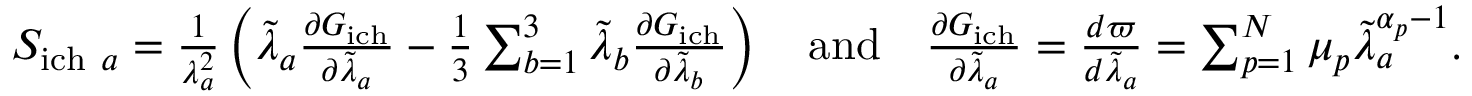
\begin{array} { r } { \quad S _ { \mathrm { i c h } ~ a } = \frac { 1 } { \lambda _ { a } ^ { 2 } } \left( \tilde { \lambda } _ { a } \frac { \partial G _ { \mathrm { i c h } } } { \partial \tilde { \lambda } _ { a } } - \frac { 1 } { 3 } \sum _ { b = 1 } ^ { 3 } \tilde { \lambda } _ { b } \frac { \partial G _ { \mathrm { i c h } } } { \partial \tilde { \lambda } _ { b } } \right) \quad \mathrm { a n d } \quad \frac { \partial G _ { \mathrm { i c h } } } { \partial \tilde { \lambda } _ { a } } = \frac { d \varpi } { d \tilde { \lambda } _ { a } } = \sum _ { p = 1 } ^ { N } \mu _ { p } \tilde { \lambda } _ { a } ^ { \alpha _ { p } - 1 } . } \end{array}